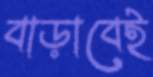
বাড়াবেই